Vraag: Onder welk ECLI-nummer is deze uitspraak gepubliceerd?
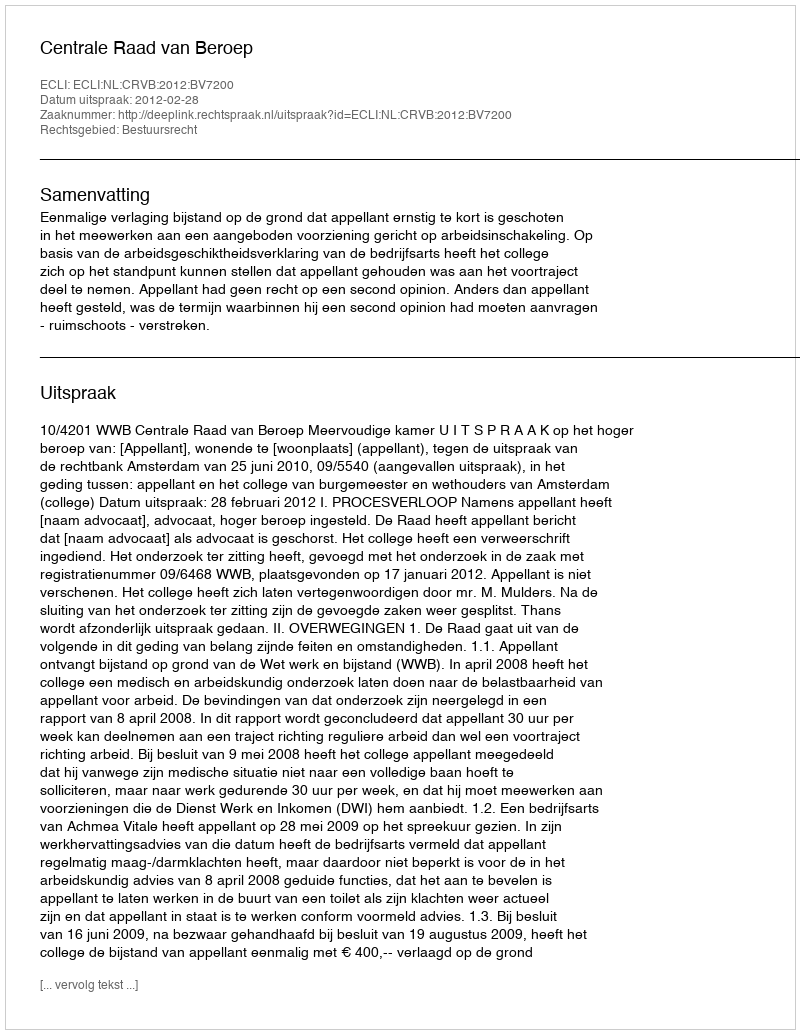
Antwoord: ECLI:NL:CRVB:2012:BV7200